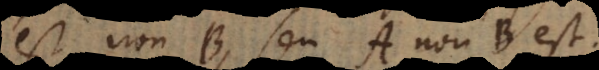
est non B, seu A non B est.